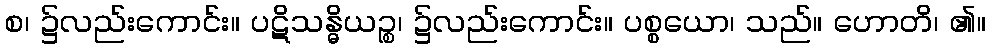
စ၊ ၌လည်းကောင်း။ ပဋိသန္ဓိယဉ္စ၊ ၌လည်းကောင်း။ ပစ္စယော၊ သည်။ ဟောတိ၊ ၏။